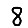
Digit: 8